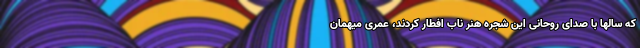
که سالها با صدای روحانی این‌ شجره هنر ناب افطار کردند، عمری میهمان